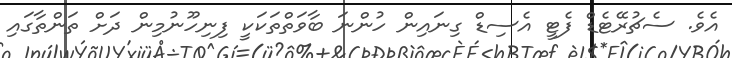
އެވެ. ސެޗުރޭޓެޑް ފެޓީ އެސިޑް ގިނައިން ހުންނަ ބާވަތްތަކަކީ ފިނިހޫނުމިން ދަށް ތަންތާގައި